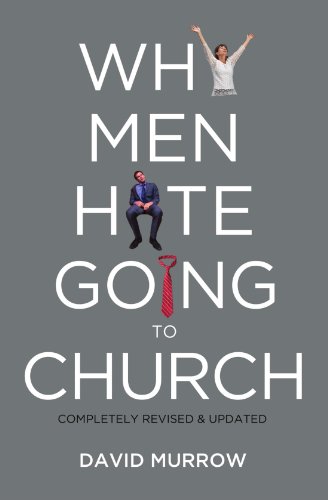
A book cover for Why Men Hate Going to Church; David Murrow; Christian Books & Bibles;